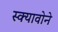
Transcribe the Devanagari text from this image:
स्क्यावोने